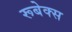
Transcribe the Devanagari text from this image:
रूबेक्स